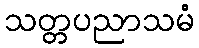
သတ္တပညာသမံ